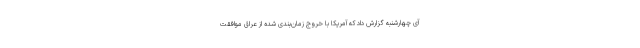
آی چهارشنبه گزارش داد که آمریکا با خروج زمان‌بندی شده از عراق موافقت